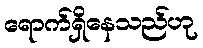
ရောက်ရှိနေသည်ဟု